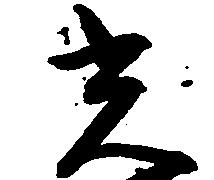
光